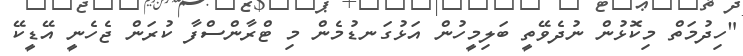
"ހިދުމަތް މިކޮޅުން ނުދެވޭތީ ބަލިމީހުން އަޅުގަނޑުމެން މި ޓްރާންސްފާ ކުރަން ޖެހެނީ އޭޑީކޭ